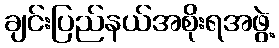
ချင်းပြည်နယ်အစိုးရအဖွဲ့